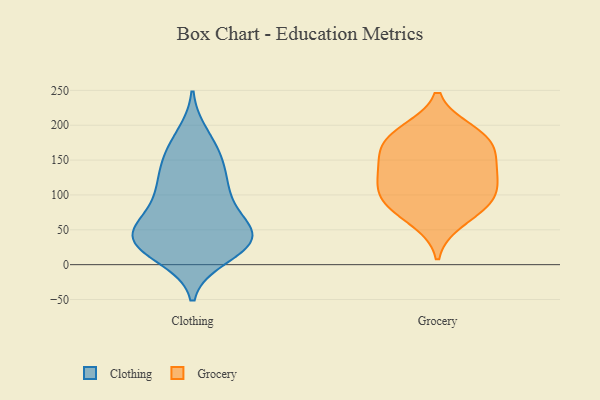
{"axis": {"x": "Customer Acquisition Cost (USD)", "y": "Value"}, "legend": ["Clothing", "Grocery"], "data": [{"x": "", "y": 12, "type": "Clothing"}, {"x": "", "y": 90, "type": "Clothing"}, {"x": "", "y": 52, "type": "Clothing"}, {"x": "", "y": 32, "type": "Clothing"}, {"x": "", "y": 185, "type": "Clothing"}, {"x": "", "y": 35, "type": "Clothing"}, {"x": "", "y": 137, "type": "Clothing"}, {"x": "", "y": 140, "type": "Clothing"}, {"x": "", "y": 172, "type": "Clothing"}, {"x": "", "y": 25, "type": "Clothing"}, {"x": "", "y": 35, "type": "Clothing"}, {"x": "", "y": 55, "type": "Clothing"}, {"x": "", "y": 95, "type": "Clothing"}, {"x": "", "y": 49, "type": "Clothing"}, {"x": "", "y": 41, "type": "Clothing"}, {"x": "", "y": 45, "type": "Clothing"}, {"x": "", "y": 103, "type": "Clothing"}, {"x": "", "y": 153, "type": "Clothing"}, {"x": "", "y": 20, "type": "Clothing"}, {"x": "", "y": 111, "type": "Clothing"}, {"x": "", "y": 125, "type": "Grocery"}, {"x": "", "y": 136, "type": "Grocery"}, {"x": "", "y": 159, "type": "Grocery"}, {"x": "", "y": 82, "type": "Grocery"}, {"x": "", "y": 91, "type": "Grocery"}, {"x": "", "y": 192, "type": "Grocery"}, {"x": "", "y": 179, "type": "Grocery"}, {"x": "", "y": 134, "type": "Grocery"}, {"x": "", "y": 98, "type": "Grocery"}, {"x": "", "y": 103, "type": "Grocery"}, {"x": "", "y": 188, "type": "Grocery"}, {"x": "", "y": 62, "type": "Grocery"}, {"x": "", "y": 166, "type": "Grocery"}]}